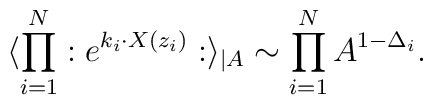
\langle \prod_{i=1}^{N}:e^{k_{i}\cdot X(z_{i})}:\rangle _{\mid A}\sim\prod_{i=1}^{N}A^{1-\Delta _{i}}.